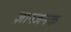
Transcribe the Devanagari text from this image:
ज्ञानजनक